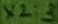
Text: X2:3